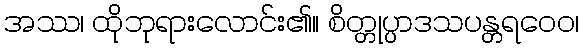
အဿ၊ ထိုဘုရားလောင်း၏။ စိတ္တုပ္ပာဒသပန္တရဝေဝ၊